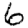
Digit: 6